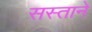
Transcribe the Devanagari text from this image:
सस्ताने